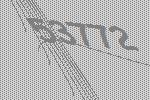
53772